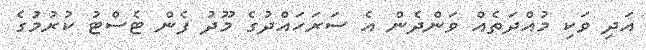
އަދި ވަކި މުއްދަތެއް ވަންދެން އެ ސަރަހައްދުގެ މޫދު ފެން ޓެސްޓު ކުރުމުގެ